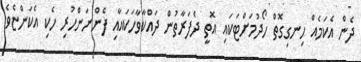
ދެން އެކަމެއް ހިނގިގޮތް ހޯދުމަށްޓަކައި އޮތީ ދެފަރާތުން ދައްކާވާހަކައާއި ފެންނަންހުރި ހެކި އެކަންޏެވެ.